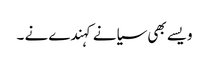
ویسے بھی سیانے کہندے نے ۔